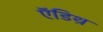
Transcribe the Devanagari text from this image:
ऍडिथ़